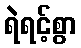
ရဲရင့်စွာ